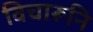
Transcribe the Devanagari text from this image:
विचारूनि